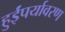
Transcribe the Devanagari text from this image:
हुईंपर्यावरण